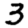
Digit: 3